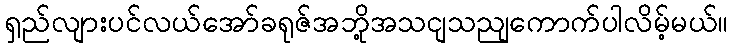
ရှည်လျားပင်လယ်အော်ခရုဇ်အဘို့အသငျသညျကောက်ပါလိမ့်မယ်။